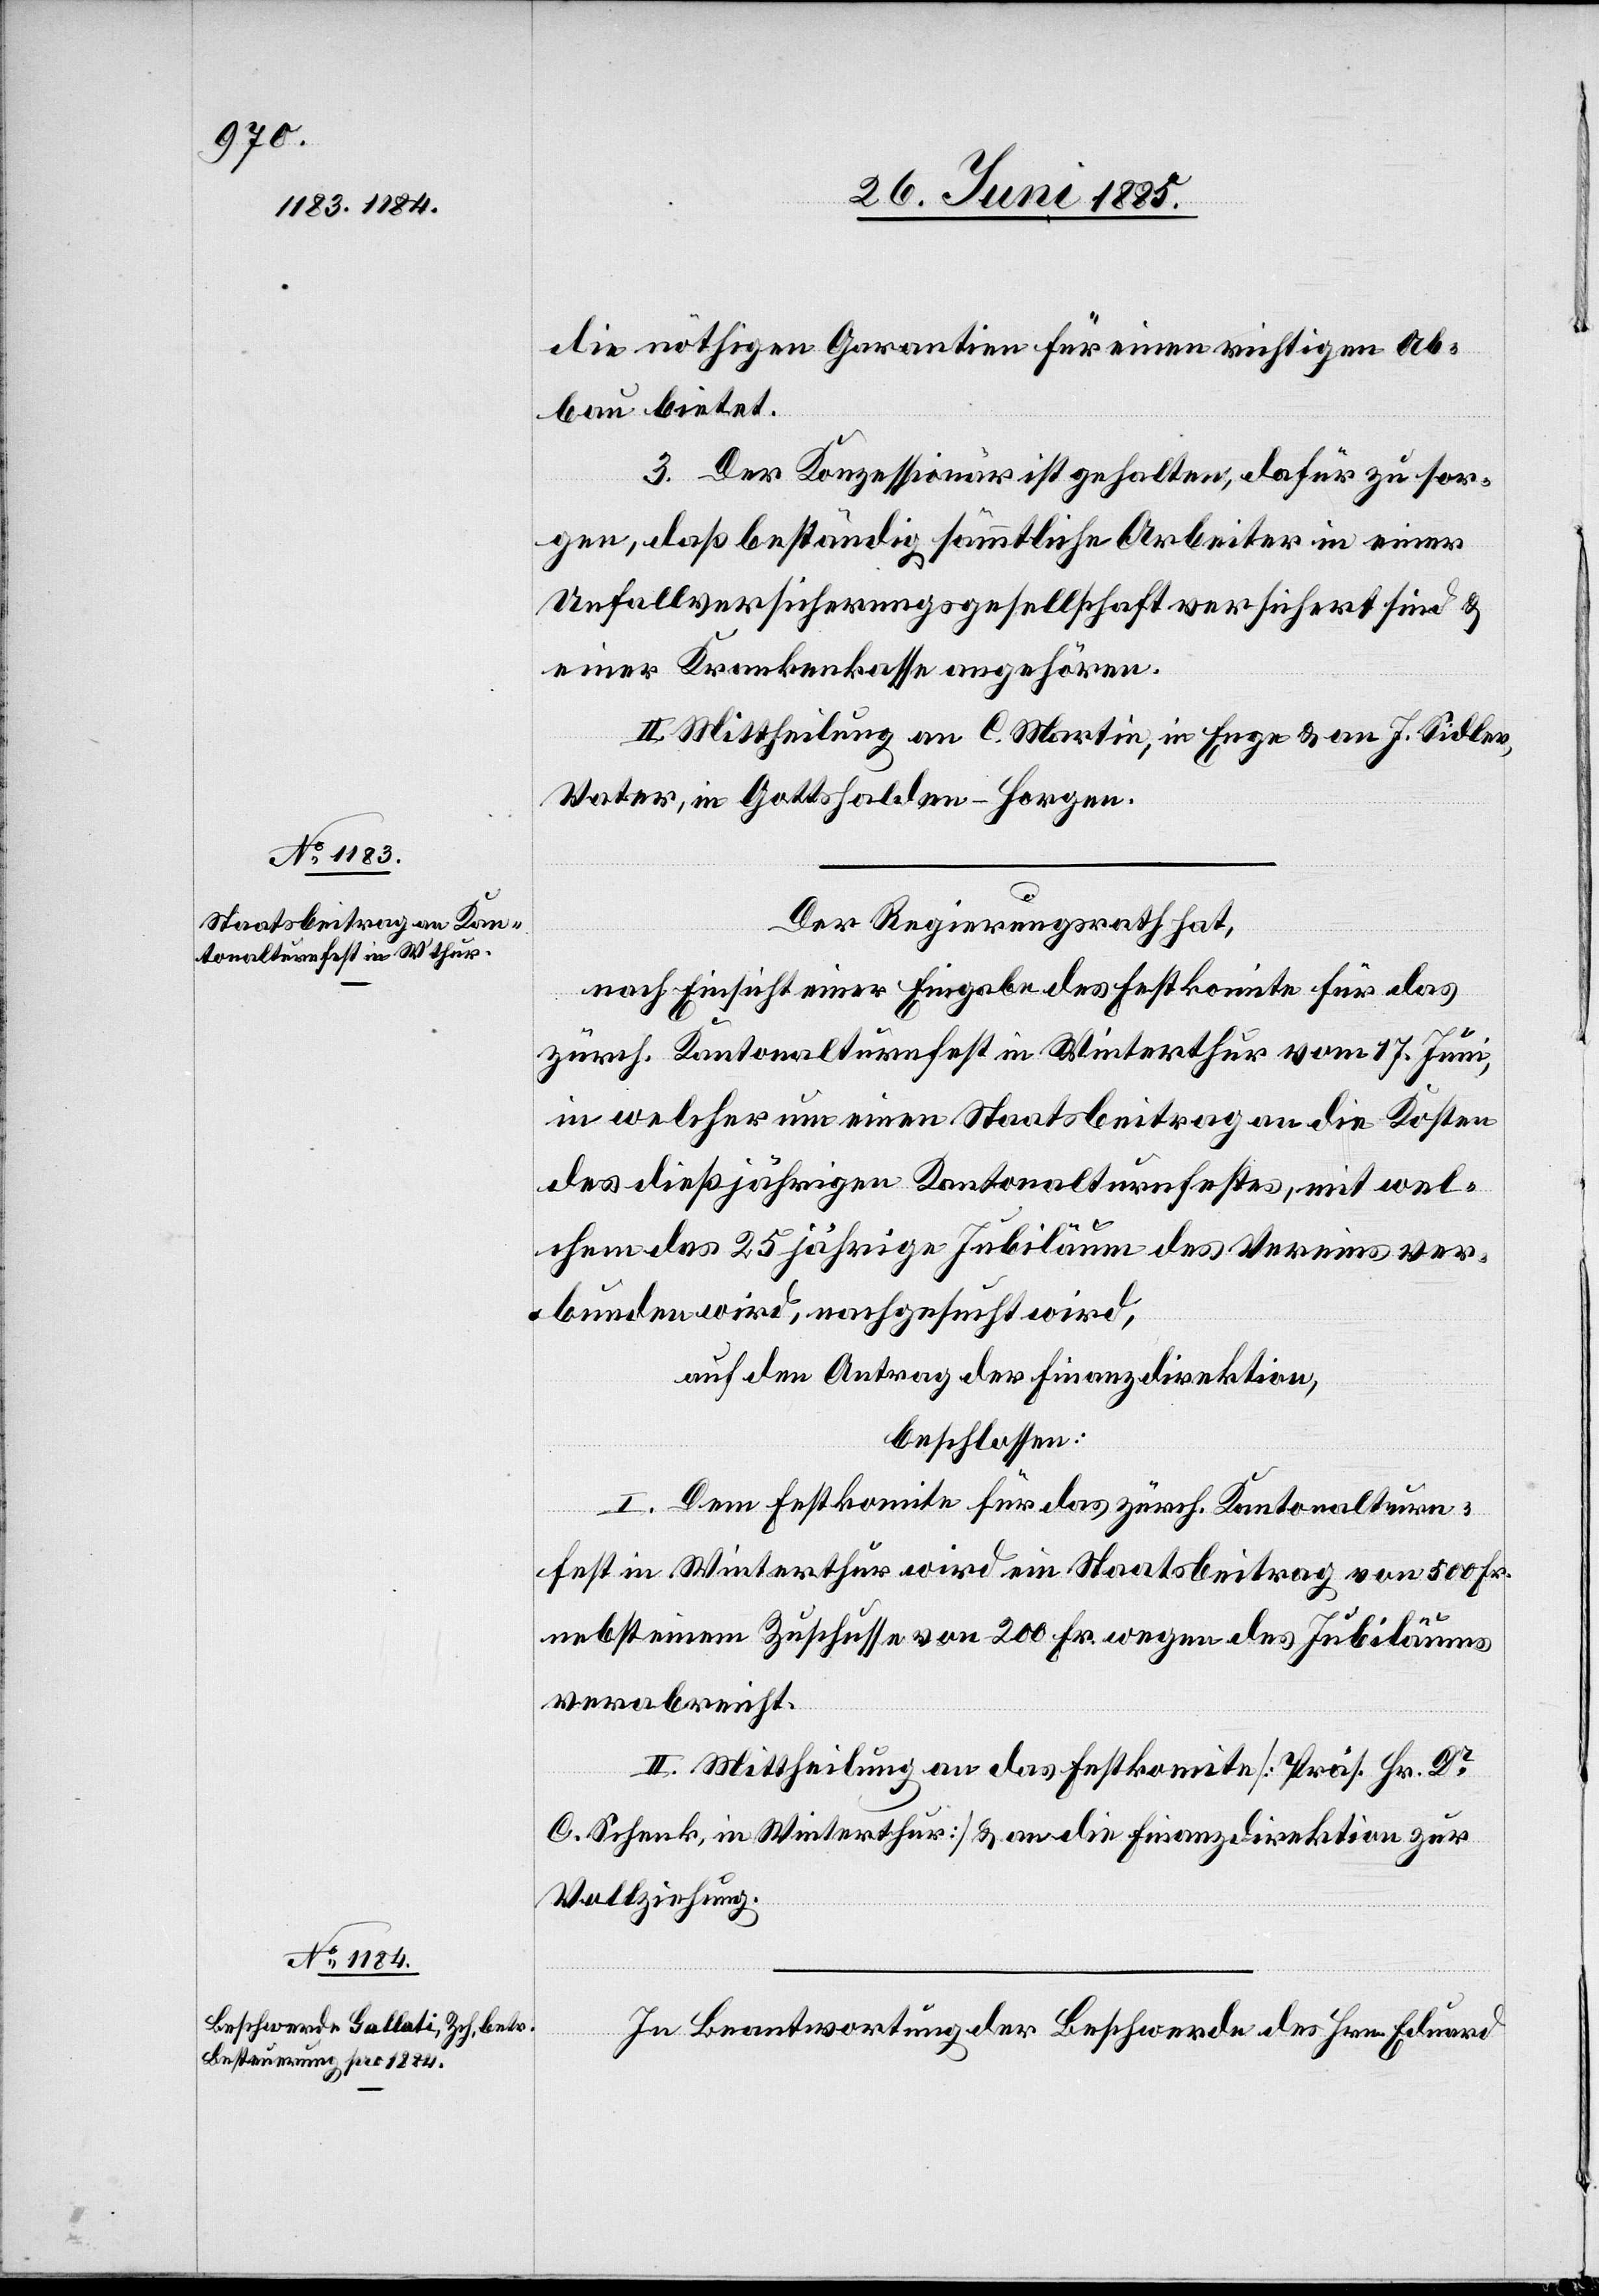
die nöthigen Garantien für einen richtigen Ab¬
bau bietet.
3. Der Konzessionär ist gehalten, dafür zu sor¬
gen, daß beständig sämmtliche Arbeiter in einer
Unfallversicherungsgesellschaft versichert sind &
einer Krankenkasse angehören.
II. Mittheilung an C. Martin, in Enge & an J. Sidler,
Vater, in Gottsfelden - Horgen.
Der Regierungsrath hat,
nach Einsicht einer Eingabe des Festkomite für das
zürch. Kantonalturnfest in Winterthur vom 17. Juni,
in welcher um einen Staatsbeitrag an die Kosten
des dießjährigen Kantonalturnfestes, mit wel¬
chem das 25jährige Jubiläum des Vereins ver¬
bunden wird, nachgesucht wird,
auf den Antrag der Finanzdirektion,
beschlossen:
I. Dem Festkomite für das zürch. Kantonalturn¬
fest in Winterthur wird ein Staatsbeitrag von 500 Fr.
nebst einem Zuschusse von 200 Fr. wegen des Jubiläums
verabreicht.
II. Mittheilung an das Festkomite [Präs. Hr. Dr
C. Schenk, in Winterthur] & an die Finanzdirektion zur
Vollziehung.
In Beantwortung der Beschwerde des Hrn. Eduard